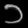
Digit: ၁